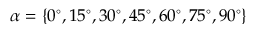
\alpha = \{ 0 ^ { \circ } , 1 5 ^ { \circ } , 3 0 ^ { \circ } , 4 5 ^ { \circ } , 6 0 ^ { \circ } , 7 5 ^ { \circ } , 9 0 ^ { \circ } \}